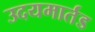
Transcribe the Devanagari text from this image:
उदयमार्तड